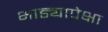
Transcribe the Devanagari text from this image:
भाड्यापेक्षा